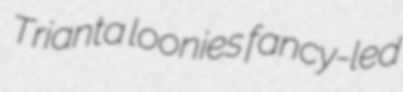
Trianta loonies fancy-led